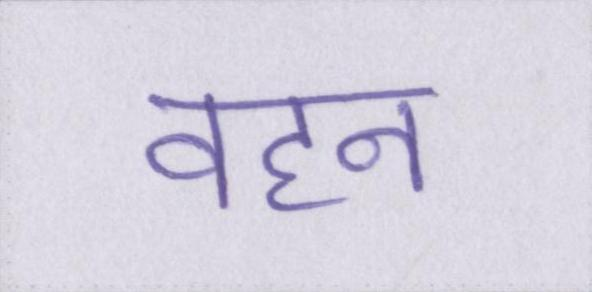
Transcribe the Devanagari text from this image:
वहन